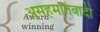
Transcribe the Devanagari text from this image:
असहमतिवादी